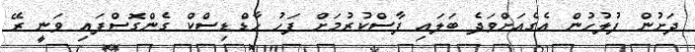
ދަށުން ފުލުހުން އެގެއަށްވަދެ ބަލައި ފާސްކުރުމަށް ފަހު ހާޑްޑިސްކް ގެންގޮސްފައި ވަނީ ރޭ